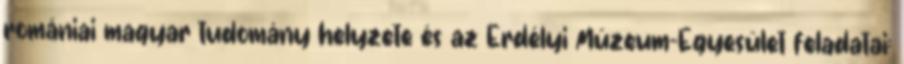
romániai magyar tudomány helyzete és az Erdélyi Múzeum-Egyesület feladatai: